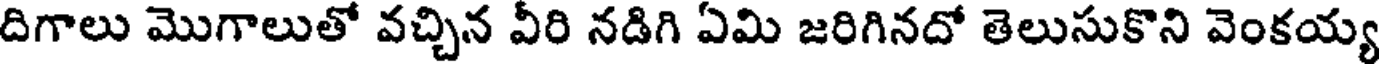
దిగాలు మొగాలుతో వచ్చిన వీరి నడిగి ఏమి జరిగినదో తెలుసుకొని వెంకయ్య